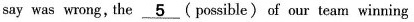
say was wrong, the ___5(possible) of our team winning